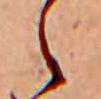
々